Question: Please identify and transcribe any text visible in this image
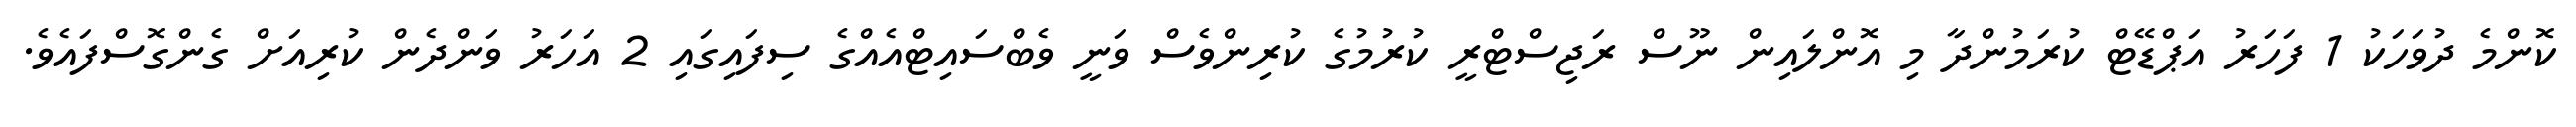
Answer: ކޮންމެ ދުވަހަކު 1 ފަހަރު އަޕްޑޭޓް ކުރަމުންދާ މި އޮންލައިން ނޫސް ރަޖިސްޓްރީ ކުރުމުގެ ކުރިންވެސް ވަނީ ވެބްސައިޓްއެއްގެ ސިފައިގައި 2 އަހަރު ވަންދެން ކުރިއަށް ގެންގޮސްފައެވެ.